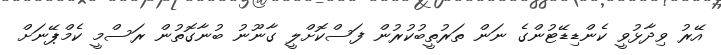
އޭރު ވިދާޅުވީ ކެންޑިޑޭޓުންގެ ނަން ތަރުތީބުކުރުން ފަސްކޮށްލީ ގާނޫނު ބުނާގޮތުން ރަސްމީ ކެމްޕޭނަށް